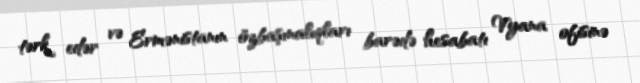
tərk edər və Ermənistanın özbaşınalıqları barədə hesabatı Vyana ofisinə